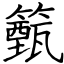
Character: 籈